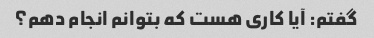
گفتم: آیا کاری هست که بتوانم انجام دهم؟